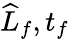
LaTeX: \widehat{L}_{f},t_{f}